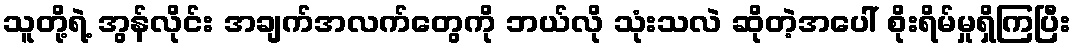
သူတို့ရဲ့ အွန်လိုင်း အချက်အလက်တွေကို ဘယ်လို သုံးသလဲ ဆိုတဲ့အပေါ် စိုးရိမ်မှုရှိကြပြီး